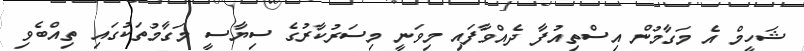
ޝަހީމް އެ މަގާމުން އިސްތިއުފާ ދެއްވާފައި މިވަނީ މިސަރުކާރުގެ ސިޔާސީ މަގާމުތަކުގައި ތިއްބެވި